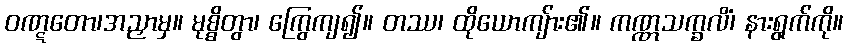
ဝဏ္ဋတော၊အညှာမှ။ မုစ္စိတွာ၊ ကြွေကျ၍။ တဿ၊ ထိုယောကျ်ား၏။ ကဏ္ဏသက္ခလိံ၊ နားရွက်ကို။